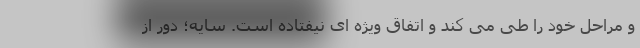
و مراحل خود را طی می کند و اتفاق ویژه ای نیفتاده است. سایه؛ دور از